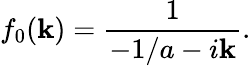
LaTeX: f_{0}(\mathbf{k})=\frac{{1}}{{-1/a-i\mathbf{k}}}.